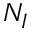
N _ { I }